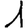
Digit: 1